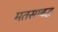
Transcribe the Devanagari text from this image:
मतसम्बद्ध